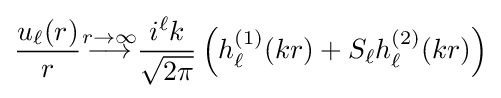
{\frac {u_{\ell }(r)}{r}}{\stackrel {r\to \infty }{\longrightarrow }}{\frac {i^{\ell }k}{\sqrt {2\pi }}}\left(h_{\ell }^{(1)}(kr)+S_{\ell }h_{\ell }^{(2)}(kr)\right)